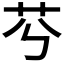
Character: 𦬉